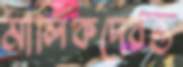
মালিকদেরও